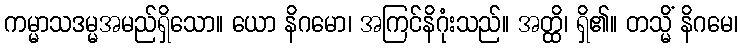
ကမ္မာသဒမ္မအမည်ရှိသော။ ယော နိဂမော၊ အကြင်နိဂုံးသည်။ အတ္ထိ၊ ရှိ၏။ တသ္မိံ နိဂမေ၊